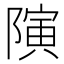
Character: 𱀯